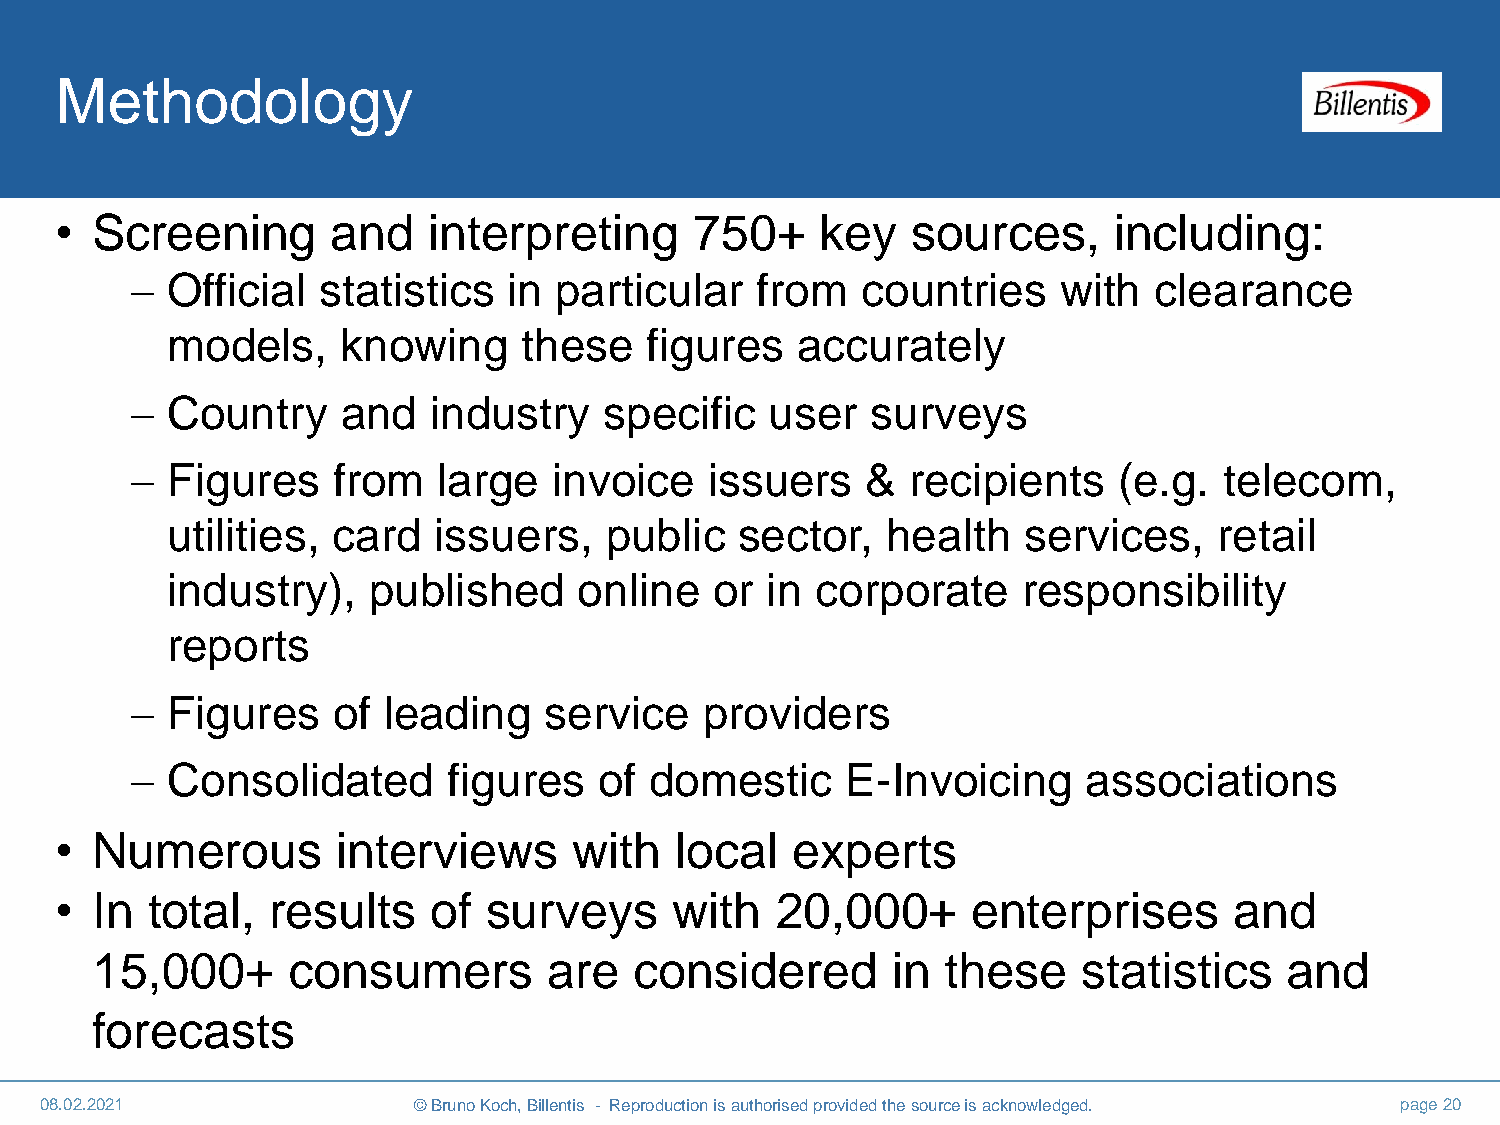
Methodology
 • Screening       and   interpreting      750+    key   sources,      including:
  Official  statistics   in particular   from   countries    with  clearance
 models,     knowing     these   figures   accurately
  Country     and  industry    specific   user   surveys
  Figures    from   large   invoice   issuers   &  recipients    (e.g.  telecom,
 utilities, card   issuers,   public   sector,   health   services,    retail
 industry),   published     online   or  in corporate     responsibility
 reports
  Figures    of leading    service    providers
  Consolidated       figures   of domestic     E-Invoicing     associations
 • Numerous        interviews      with   local  experts
 • In  total,  results    of surveys      with  20,000+      enterprises       and
 15,000+      consumers        are   considered       in  these    statistics   and
 forecasts
 08.02.2021              © Bruno Koch, Billentis - Reproduction is authorised provided the source is acknowledged. page 20